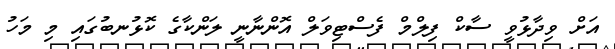
އަށް ވިދާޅުވީ ސާކް ފިލްމް ފެސްޓިވަލް އޮންނާނީ ލަންކާގެ ކޮޅުނބުގައި މި މަހު